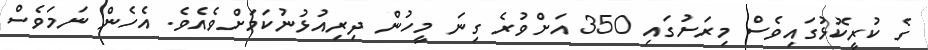
ގެ ކުރީކޮޅުގައިވެސް މިރަށުގައި 350 އަށްވުރެ ގިނަ މީހުން ދިރިއުޅުނުކަމަށްވެއެވެ. އެހެން ނަމަވެސް